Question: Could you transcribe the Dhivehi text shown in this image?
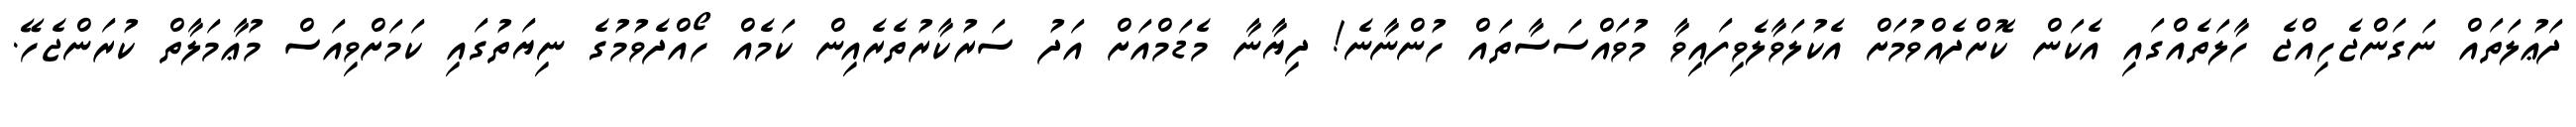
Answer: ދަޢުލަތައް ނަގަންޖެހިއްޖެ ހާލަތެއްގައި އެކަން ކޮށްދެއްވުމަށް އެކުލަވާލެވިފައިވާ މުވައްސަސާތައް ހުންނާނެ! ދިޔާނާ މެޑަމްއަށް އަދު ސަރުކާރުތެރެއިން ކަމެއް ހޯއްދެވުމުގެ ނިޔަތުގައި ކަމަށްވިއަސް މުޢާމަލާތް ކުރަންޖެހޭ.